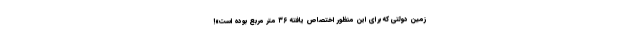
زمین دولتی که برای این منظور اختصاص یافته ۳۶ متر مربع بوده است»!